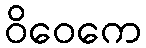
ဝိဝေကေ